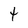
Character: 4